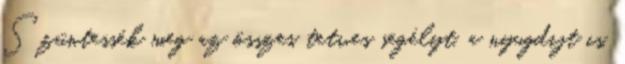
Szüntessék meg az összes tetves segélyt, a nyugdijt is,